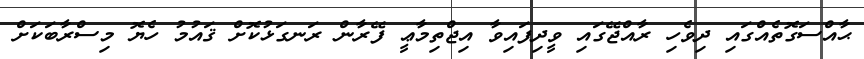
ޙާއްސަގޮތެއްގައި ދިވެހި ރާއްޖޭގައި ވީދިފައިވާ އިޖްތިމާޢީ ފޭރާން ރަނގަޅުކޮށް ޤައުމު ހެޔޮ މިސްރާބަކަށް